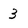
Character: 3